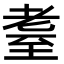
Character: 耋